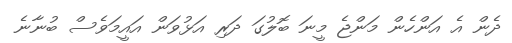
ދެން އެ އަންހެން މަންޖެ މީނަ ބޮލުގަ ދަރި އަޅުވަން އައީމަވެސް ބުނާނެ